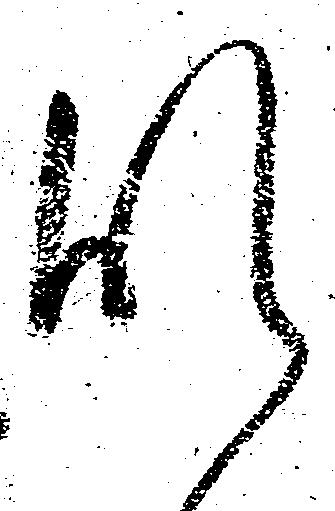
肝